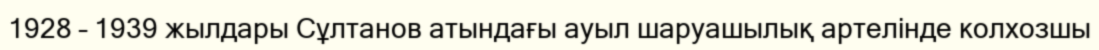
1928 – 1939 жылдары Сұлтанов атындағы ауыл шаруашылық артелінде колхозшы